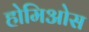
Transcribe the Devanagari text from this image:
होमिओस